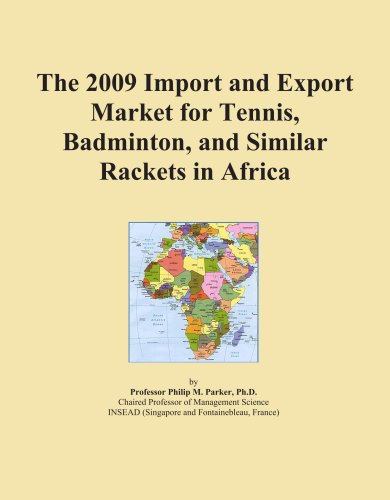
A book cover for The 2009 Import and Export Market for Tennis, Badminton, and Similar Rackets in Africa; Icon Group; Sports & Outdoors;